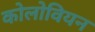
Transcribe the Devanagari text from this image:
कोलोवियन